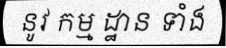
នូវ កម្ម ដ្ឋាន ទាំង